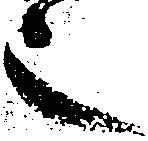
之